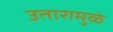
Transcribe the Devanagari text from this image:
उतारामुळे